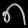
Digit: ၈